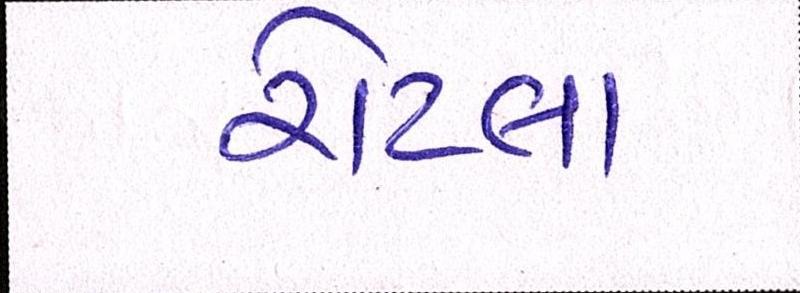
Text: રોટલા